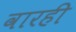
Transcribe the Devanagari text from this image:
वारही